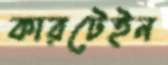
কারটেইন